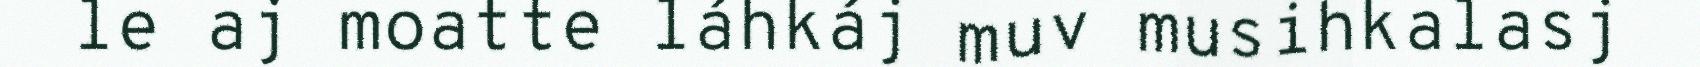
le aj moatte láhkáj muv musihkalasj